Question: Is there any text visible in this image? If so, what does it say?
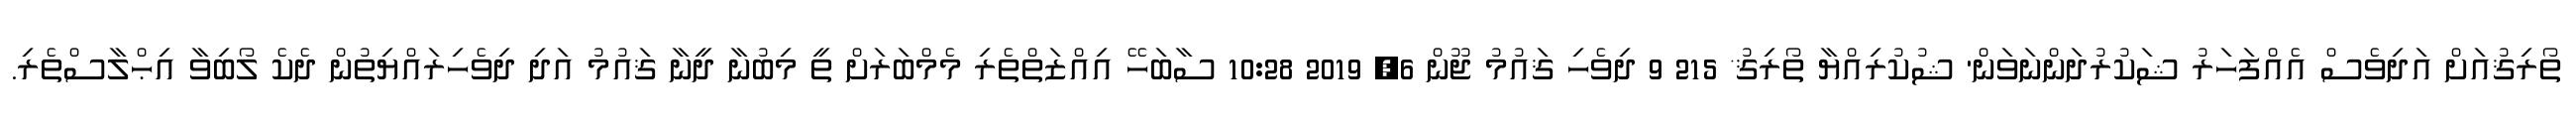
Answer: ތޯރިޤުއަށް އަދިވެސް އެއްފަހަރު ޝަކުރުދަންނަވަން' ޝުކުރިއްޔާ ތޯރިޤު* 215 9 ދިވެހި ޤައުމު ޖޫން 6, 2019 10:28 ސާބަހޭ އިއްޒަތްތެރި މެމްބަރަށް ތީ މިބުނާ ދީނާ ޤައުމު އަދި ދިވެހިރައްޔިތުން ދެކެ ލޯބިވާ އިޙްލާސްތެރި.